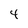
Character: 4